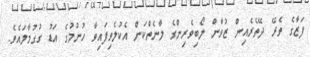
ފަޒާގެ ތެރޭ ދޭތެރެއިން ޒުވާން ލޯބިވެރިންގެ ލާނެތްކަން އެކުލެވިފައިވާ ހުނުމުގެ އަޑު ގުގުމާލައެވެ.